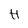
Character: H